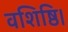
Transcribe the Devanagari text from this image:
वशिष्ठि।